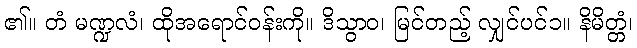
၏။ တံ မဏ္ဍလံ၊ ထိုအရောင်ဝန်းကို။ ဒိသွာဝ၊ မြင်တည့် လျှင်ပင်၁။ နိမိတ္တံ၊